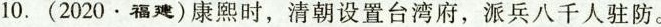
10.（2020·福建）康熙时，清朝设置台湾府，派兵八千人驻防。